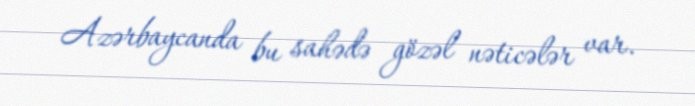
Azərbaycanda bu sahədə gözəl nəticələr var.